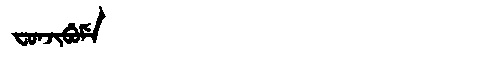
Manchu: ᠸᠣᠨᠵᡳᠪᡠᠮᡝ
Romanization: FONJIBUME